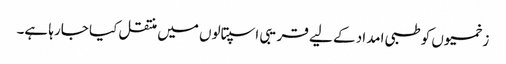
زخمیوں کو طبی امداد کے لیے قریبی اسپتالوں میں منتقل کیا جارہا ہے۔